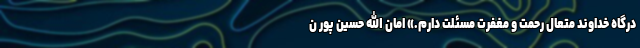
درگاه خداوند متعال رحمت و مغفرت مسئلت دارم.» امان الله حسین پور ن